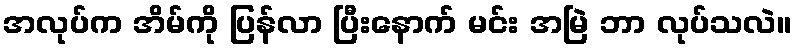
အလုပ်က အိမ်ကို ပြန်လာ ပြီးနောက် မင်း အမြဲ ဘာ လုပ်သလဲ။